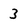
Character: 3